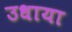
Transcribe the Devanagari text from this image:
उधाया